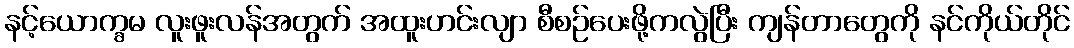
နင့်ယောက္ခမ လူးဖူးလန်အတွက် အထူးဟင်းလျာ စီစဉ်ပေးဖို့ကလွဲပြီး ကျန်တာတွေကို နင်ကိုယ်တိုင်